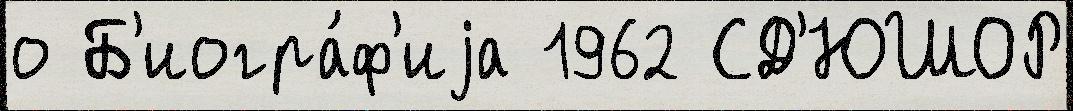
о Б'иогра́ф'иjа 1962 СД'ЮШОР